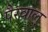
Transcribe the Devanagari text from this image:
पैरवाल्